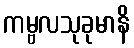
ကမ္ဗလသုခုမာနိ